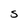
Character: S